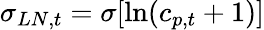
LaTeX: \sigma_{LN,t}=\sigma[\ln(c_{p,t}+1)]